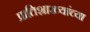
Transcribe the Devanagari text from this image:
प्रातिशाख्यांच्या